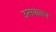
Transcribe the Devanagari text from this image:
उत्सवातच